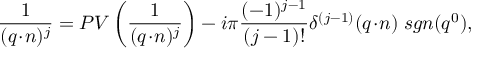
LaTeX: \frac { 1 } { ( q \! \cdot \! n ) ^ { j } } = P V \left( \frac { 1 } { ( q \! \cdot \! n ) ^ { j } } \right) - i \pi \frac { ( - 1 ) ^ { j - 1 } } { ( j - 1 ) ! } \delta ^ { ( j - 1 ) } ( q \! \cdot \! n ) \; s g n ( q ^ { 0 } ) ,